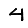
Digit: 4